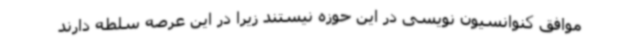
موافق کنوانسیون نویسی در این حوزه نیستند زیرا در این عرصه سلطه دارند